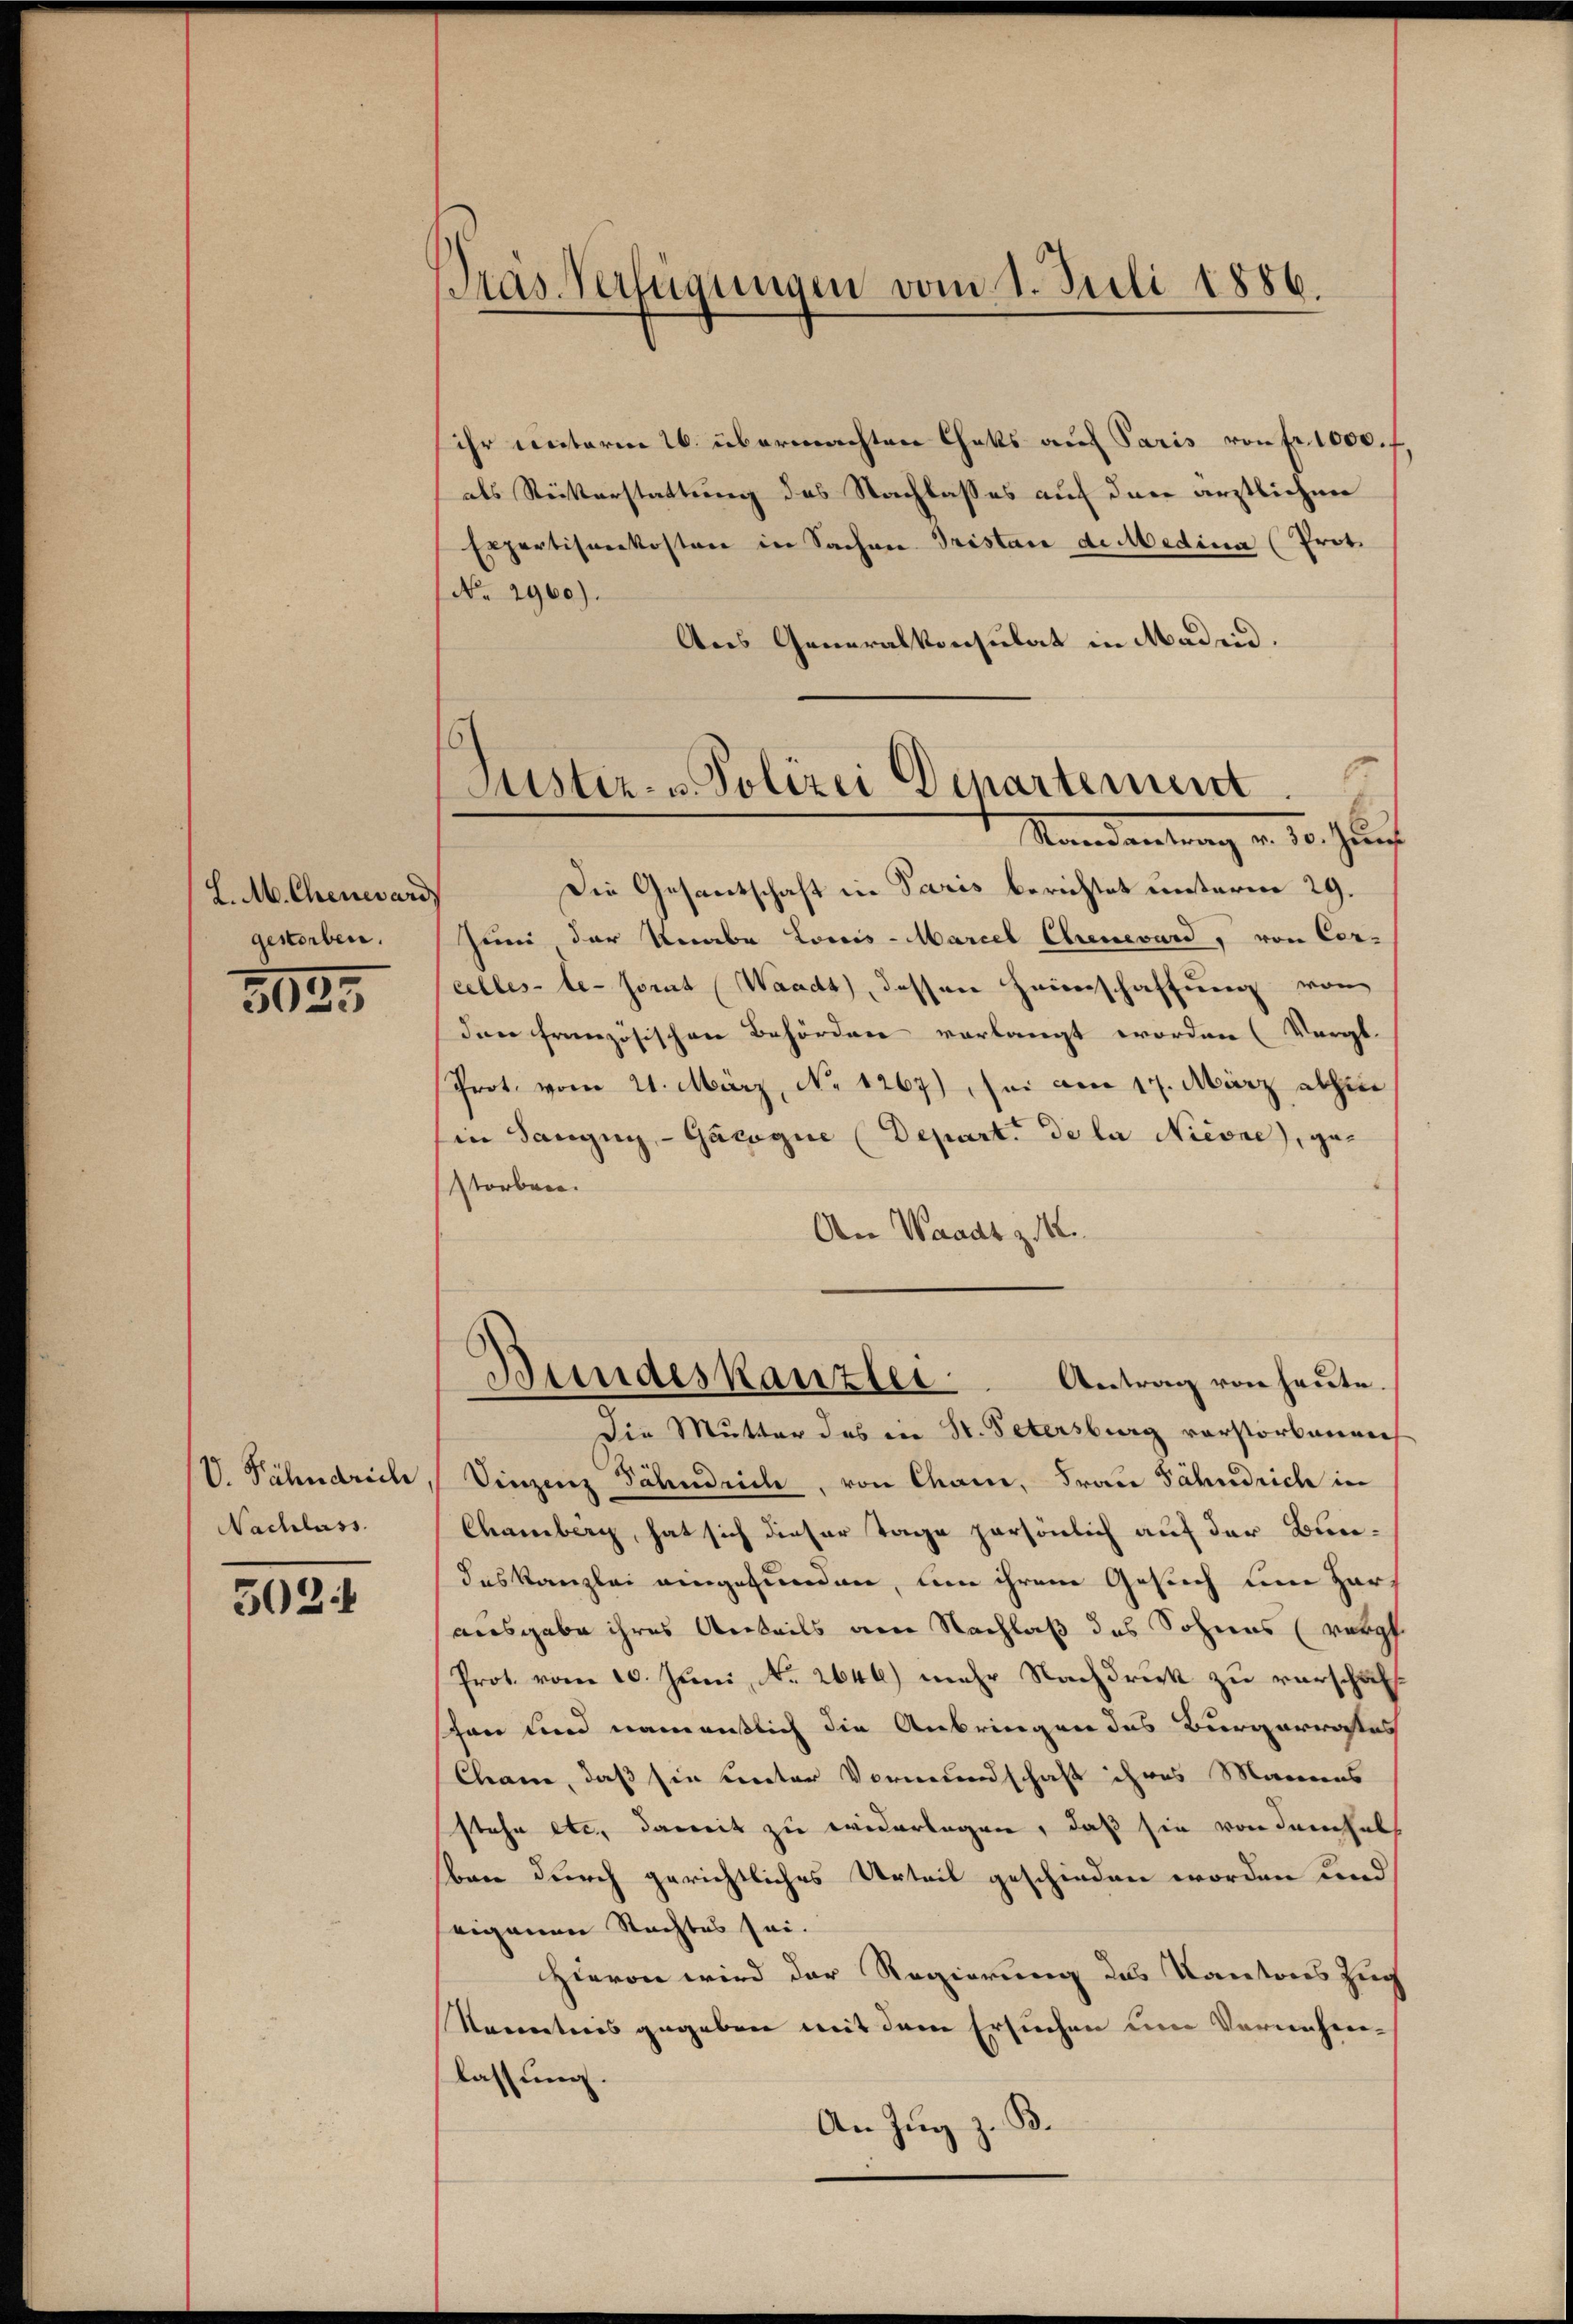
L. A. Chenevar
gestorben.

3023

V. Fähndrich
Nachlass.

5024

ras Verfügungen vom 1. Juli 1886.

sihr unterm 16. übermachten Chats auf Paris von fr. 1000.
als Reiterstattung des Nachlasses auf den ärztlichen
Exportisekosten in Sachen Tristan de Medica (Prot
No. 2960).
Aus Generalkonsulat in Maden.
Die Gesantschaft in Paris berichtet unterm 29.
Juni der Knabe Louis-Marcel Ehrenevard, von Cer-
celles-le-sorat (Waadt, dessen Heimschaffung von
den französischen Behörden verlangt worden (Vergl.
Prot. vom 21. März, No 1267) sei am 17. März abhin
in Sangig-Gacogie (Depart de la Nicone), gestorben.
An Waadt z. 142.
Bundeskanzler Antrag von heute.
Die Mutter des in St. Petersburg verstorbenen
Sinzenz Jähndrich, von Chame, Frau Fähnrich in
Chamberg, hat sich dieser Tage persönlich auf der Bundeskanzlei angefunden, um ihrem Gesuch um Harausgabe ihres Anteils am Nachlaß des Sohnes (vergl.
Prot. vom 10. Juni, No. 2646) mehr Nachdruck zu verschafschon und namentlich die Anbringen des Bürgerrates
Cham, daß sie unter Vormundschaft ihres Mannens
stehe etc., damit zu widerlagen, daß sie von dem hal
bare durch gerichtliches Urteil geschieden worden und
eigenen Nachtes sei.
Hievon wird der Regierung des Kantons Zuch
Kenntnis gegeben mit dem Ersuchen um Vernehmelassung.
B.
An Zug 2.
s

Justiz- u. Polizei Departement
Mandantung v. 10. Jau